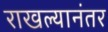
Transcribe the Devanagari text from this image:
राखल्यानंतर